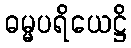
ဓမ္မပရိယေဋ္ဌိ